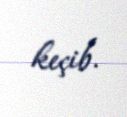
keçib.